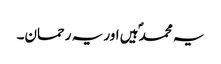
یہ محمدؐ ہیں اور یہ رحمان۔